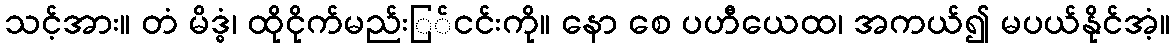
သင့်အား။ တံ မိဒ္ဓံ၊ ထိုငိုက်မည်းြ်ငင်းကို။ နော စေ ပဟီယေထ၊ အကယ်၍ မပယ်နိုင်အံ့။